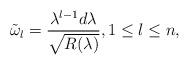
LaTeX: \begin{align*} \tilde{\omega}_{l}=\frac{\lambda^{l-1}d\lambda}{\sqrt{R(\lambda)}},1\leq l\leq n,\end{align*}